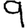
Digit: 9